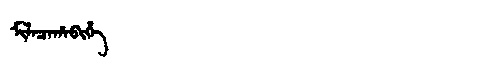
Manchu: ᠮᡳᠯᠠᠴᠠᡥᠠᠪᡳᡥᡝ
Romanization: MILACAHABIHE